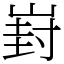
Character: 崶